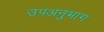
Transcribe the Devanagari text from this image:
उपअनुभाग